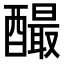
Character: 𨣅